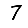
Digit: 7